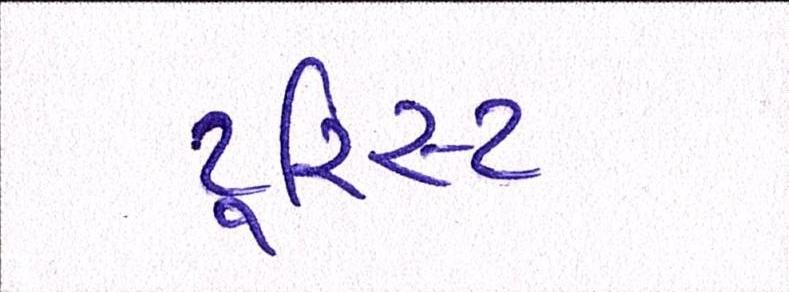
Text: ટૂરિસ્ટ